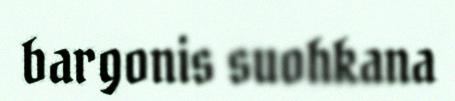
bargonis suohkana